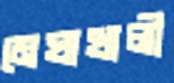
মেঘাখালী